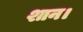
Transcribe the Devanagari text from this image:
शान।